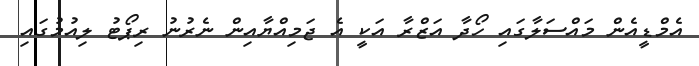
އެމްޑީއެން މައްސަލާގައި ހޯދާ އަޒްރާ އަކީ އެ ޖަމިއްޔާއިން ނެރުނު ރިޕޯޓު ލިއުމުގައި